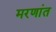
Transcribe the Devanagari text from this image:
मरणांत